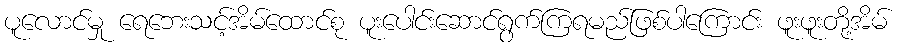
ပူလောင်မှု ရေဘေးသင့်အိမ်ထောင်စု ပူးပေါင်းဆောင်ရွက်ကြရမည်ဖြစ်ပါကြောင်း ဖူးဖူးတို့အိမ်